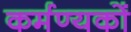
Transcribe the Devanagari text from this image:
कर्मण्यकों